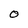
Character: O